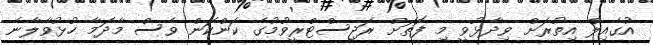
އުގެއިލް އިތުރަށް ވިދާޅުވީ މި ފޮތަށް ރަޖިސްޓްރީވުމުގެ ކަންކަން ވެސް މާދަމާ ހުޅުވާލާނެ